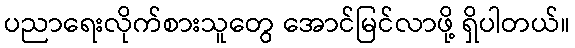
ပညာရေးလိုက်စားသူတွေ အောင်မြင်လာဖို့ ရှိပါတယ်။